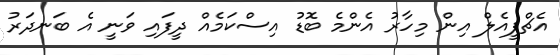
އެޗްޕީއެލް އިން މިހާރު އެންމެ ބޮޑު އިސްކަމެއް ދީފައި ވަނީ އެ ބަނދަރު